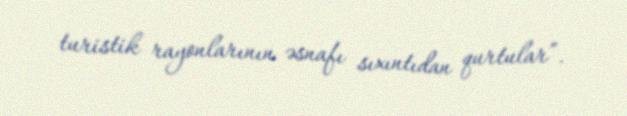
turistik rayonlarının əsnafı sıxıntıdan qurtular”.